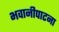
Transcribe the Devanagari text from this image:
भवानीपाटना